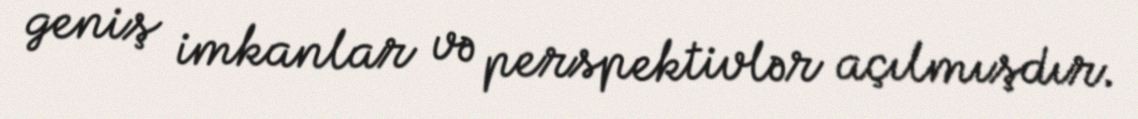
geniş imkanlar və perspektivlər açılmışdır.